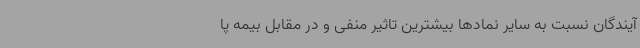
آیندگان نسبت به سایر نمادها بیشترین تاثیر منفی و در مقابل بیمه پا